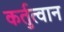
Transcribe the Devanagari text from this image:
कर्तुत्वान